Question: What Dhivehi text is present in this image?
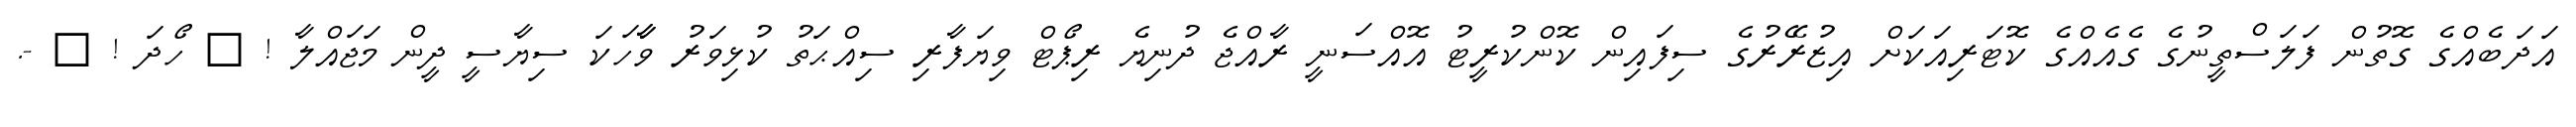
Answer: އަދަބެއްގެ ގޮތުން ފަލަސްތީނުގެ ގެއެއްގެ ކޮޓަރިއަކަށް އިޒުރޭރުގެ ސިފައިން ކޮންކުރީޓު އޮއްސަނީ ރާއްޖެ ދުނިޔެ ރިޕޯޓް ވިޔަފާރި ސިއްޙަތު ކުޅިވަރު ވާާހަކަ ސިޔާސީ ދީން މަޖައްލާ ! ? ހޯދަ ! ? -.